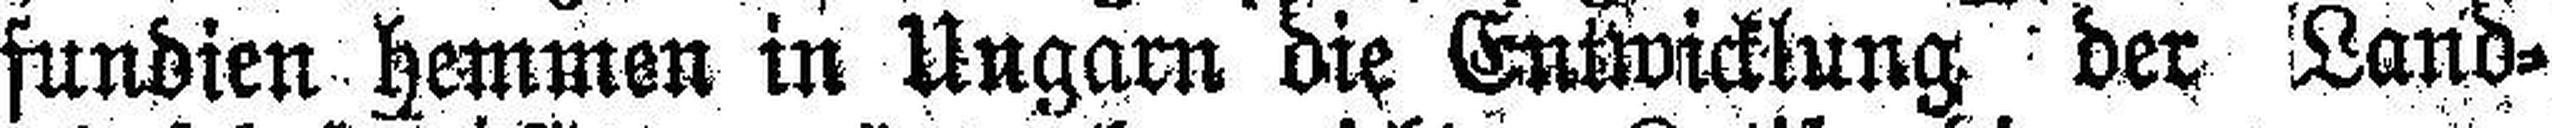
fundien hemmen in Ungarn die Entwicklung der Land¬